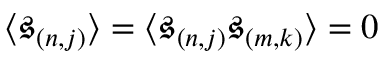
\langle \mathfrak { s } _ { ( n , j ) } \rangle = \langle \mathfrak { s } _ { ( n , j ) } \mathfrak { s } _ { ( m , k ) } \rangle = 0